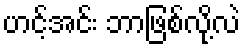
ဟင့်အင်း ဘာဖြစ်လို့လဲ